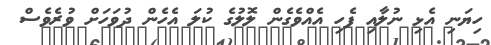
ހިޔަނި އެޅި ނުލާއި ފެހި އެއްވެގެން ލޮލުގެ ކުލަ އެހެން ދުވަހަށް ވުރެވެސް